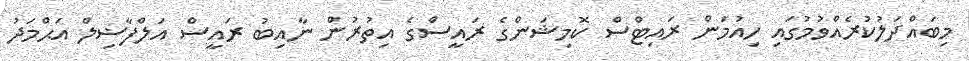
މިބައްދަލުކުރެއްވުމުގައި ހިއުމަން ރައިޓްސް ކޮމިޝަންގެ ރައީސްގެ އިތުރުން ނާއިބު ރައީސް އަލްފާޟިލް އަޙްމަދު